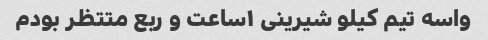
واسه تیم کیلو شیرینی ۱ساعت و ربع متتظر بودم